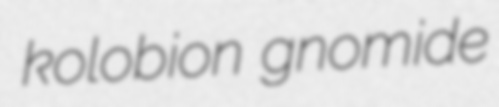
kolobion gnomide